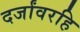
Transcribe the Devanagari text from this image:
दर्जांवरहि